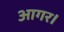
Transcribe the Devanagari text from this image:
आगर।